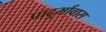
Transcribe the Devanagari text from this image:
प्रादुर्भावास